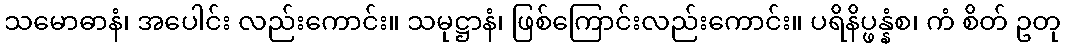
သမောဓာနံ၊ အပေါင်း လည်းကောင်း။ သမုဋ္ဌာနံ၊ ဖြစ်ကြောင်းလည်းကောင်း။ ပရိနိပ္ဖန္နံစ၊ ကံ စိတ် ဥတု